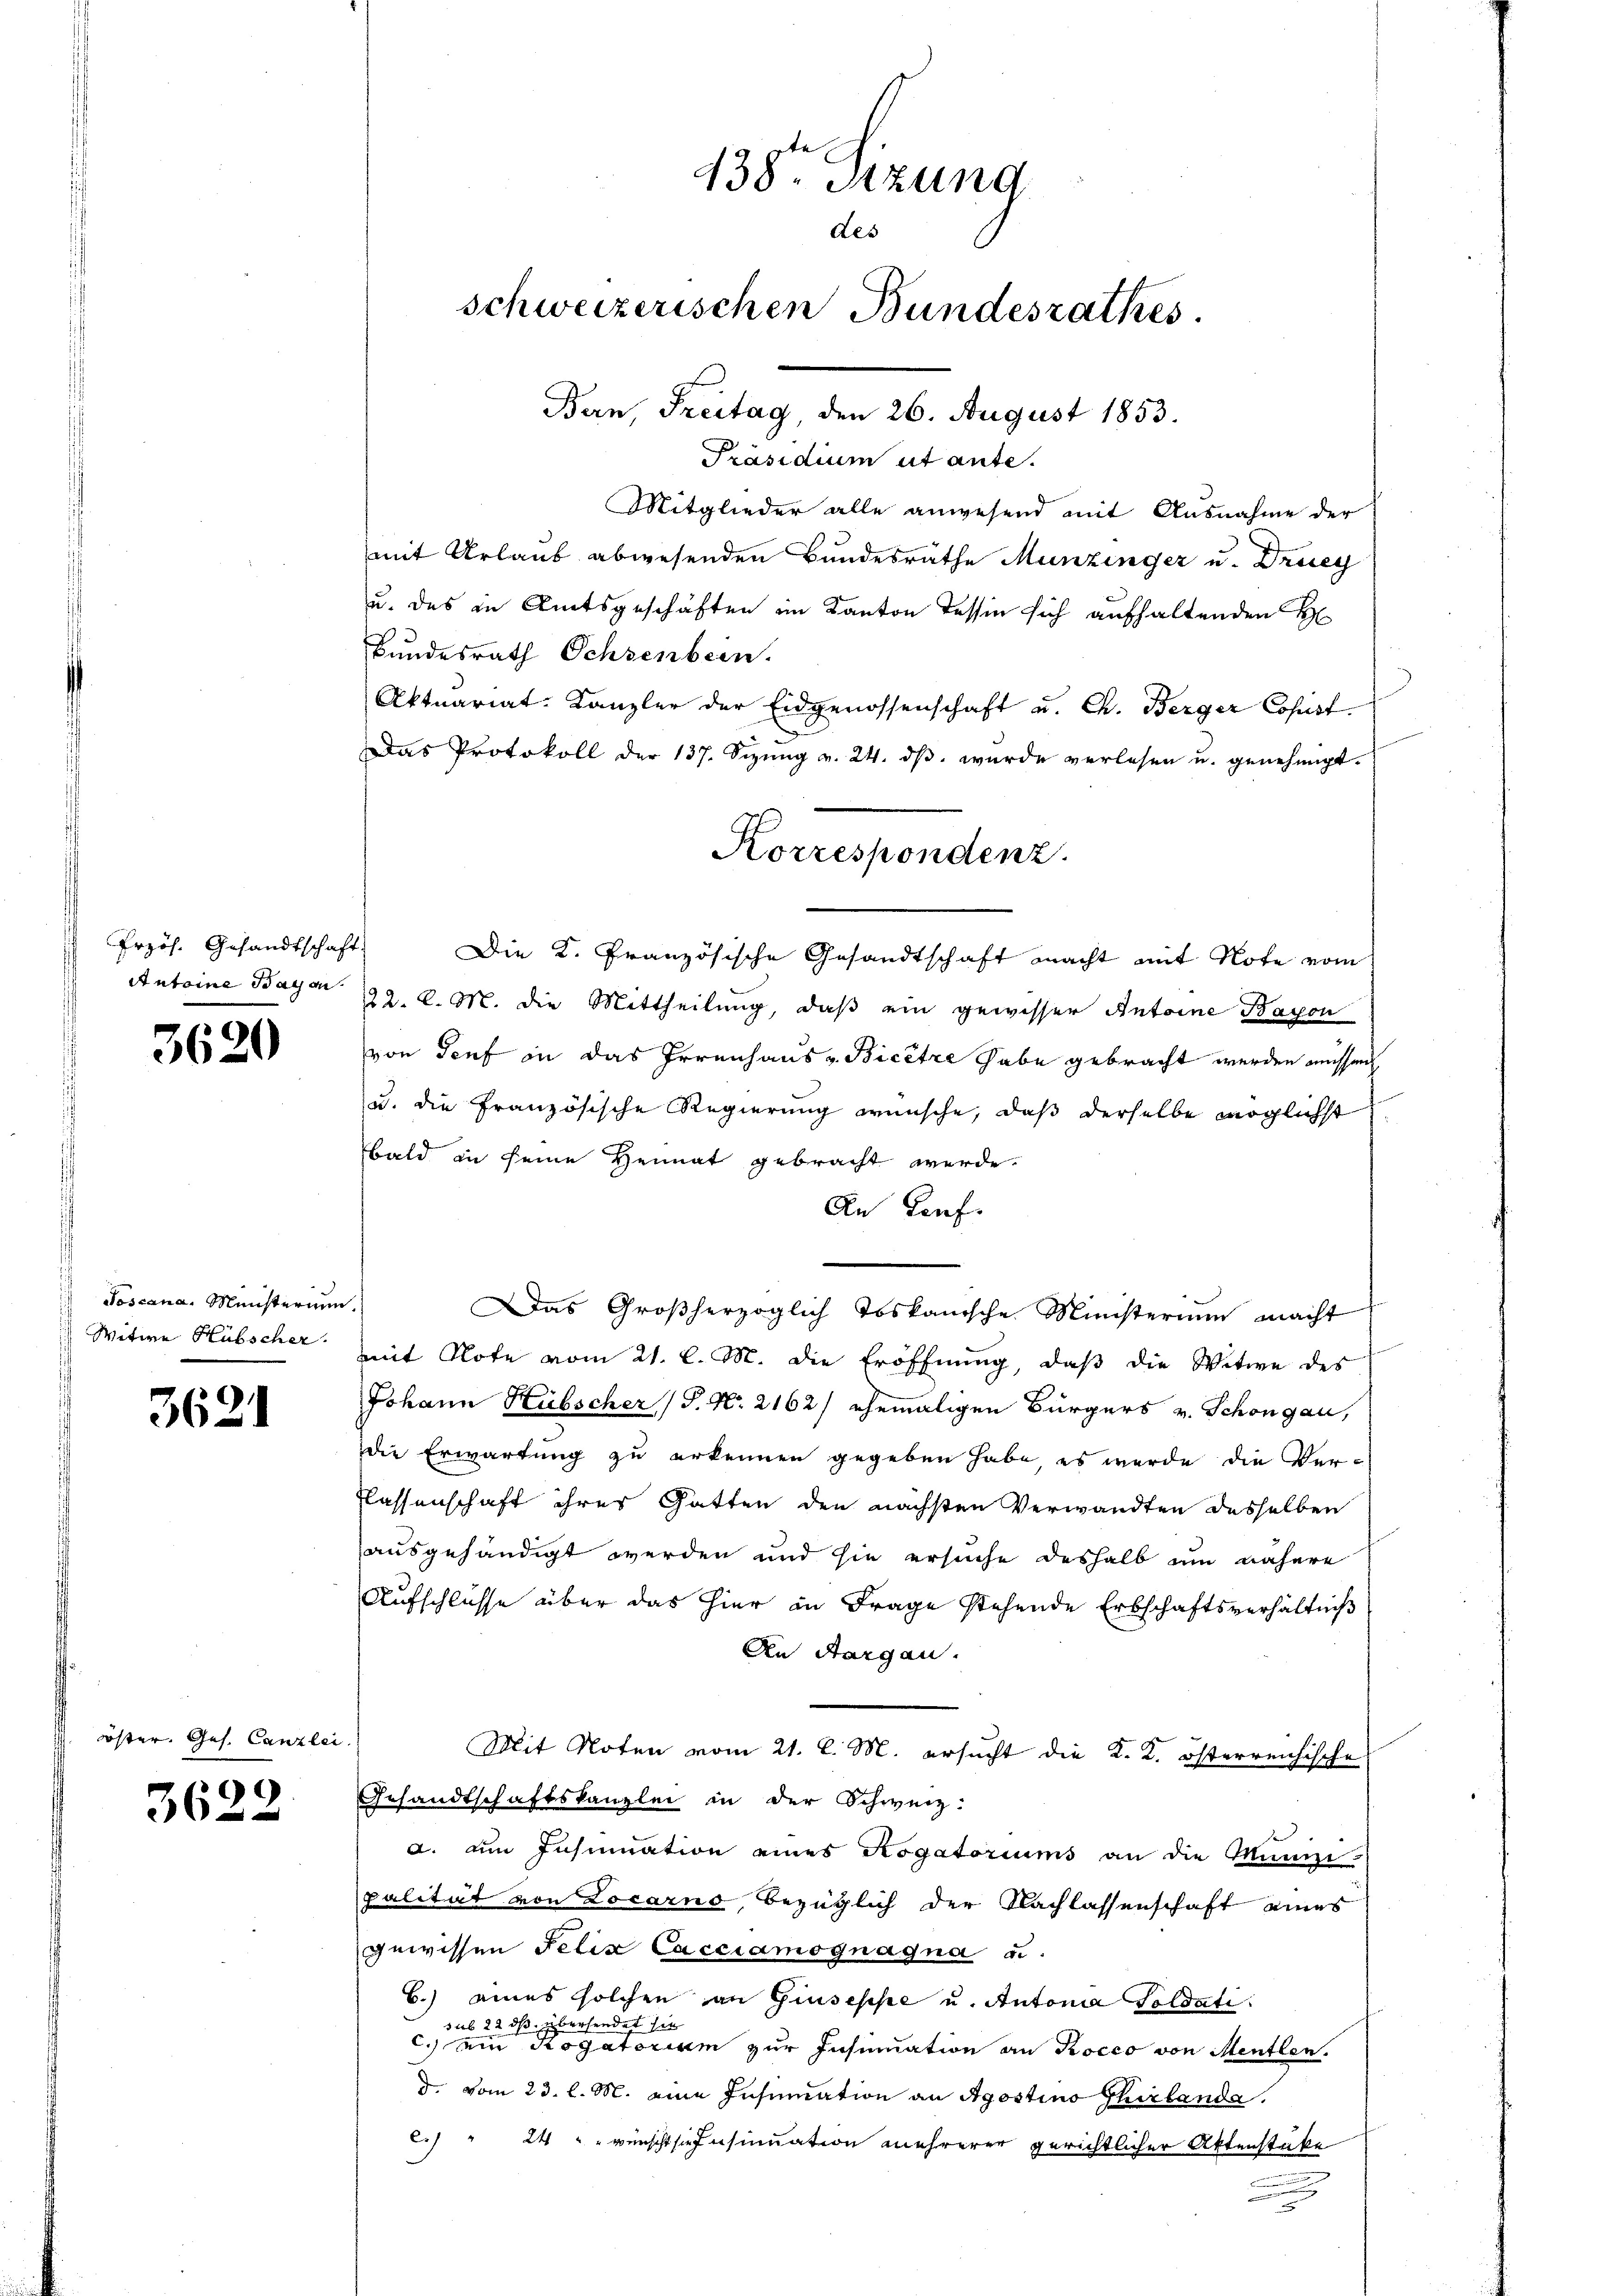
Przös. Gesandtschaft.

3620

Toscana. Ministerium.
Witwe Hübscher.

3621

öster. Ges. Canzlei.

G
362

438r Sitzung
des
schweizerischen Bundesrathes.
Bern, Freitag, den 26. August 1853.

Präsidium ut ause.
Mitglieder alle anwesend mit Ausnahme der
mit Urlaub abwesenden Bundesrathe Munzinger u. Drey
u. das in Amtsgeschäften im Kanton dessen sich aufhaltenden H
Bundesrath Schsenbein.
Aktuariat. Kanzler der Eidgenossenschaft u. Ch. Berger Copist.
Das Protokoll der 137. Sizŭng v. 24. dβ. wurde verlesen u. genehmigt.
Die K. Französische Gesandtschaft macht mit Note vom
Antoine Baym 22. d. M. die Mittheilung, daß ein gewisser Antoine Bayon
von Senf in das Irrenhaus v. Bicêtre habe gebracht werden müssen
u. die französische Regierung wünsche, daß derselbe möglichst
bald in seine Heimat gebracht werde.
An Genf.
Das Großherzoglich Toskanische Ministerium macht
mit Note vom 21. l. M. die Eröffnung, daß die Witwe des
Johann Hübscher (T. N. 2162/ ehemaligen Bürgers v. Schöngau,
die Erwartung zu erkennen gegeben habe, es werde die Ver-
flassenschaft ihres Gatten den nächsten Verwandten desselben
ausgehändigt werden und sie ersuche deshalb um nähere
Aufschlüsse über das hier in Frage stehende Erbschaftsverhältniß
An Aargau.
Mit Noten vom 21. l. M. ersucht die K. K. österreichische
Gesandtschaftskanzlei in der Schweiz.
a. Am Insinuation eines Rogatoriums an die Munizi-
palität von Locarno, bezüglich der Nachlassenschaft eines
gewissen Felix Cacciamognagna u.
B.) eines solchen an Giuseppe u. Antonia Goldati
sub 22 ds. übersendet sie
c.) ein Rogatorium zur Insinuation an Rocco von Mentlen.
d. vom 23. l. M. eine Insinuation an Apostino Thirlanda,
.) " 24 " " wünscht sie Insinuation mehrerer gerichtlicher Aktenstüke
n

Korrespondenz.